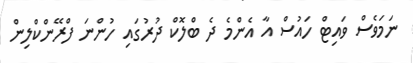
ނަމަވެސް ވައިޓް ހައުސް އާ އެންމެ ދެ ބްލޮކް ދުރުގައި ހުންނަ ފްރޭންކްލިން